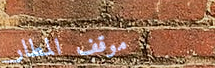
موقف المطار